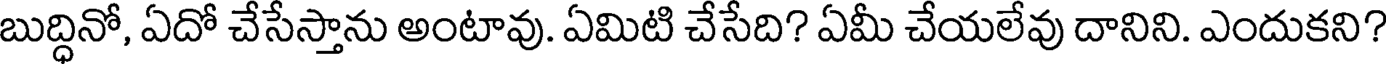
బుద్ధినో, ఏదో చేసేస్తాను అంటావు. ఏమిటి చేసేది? ఏమీ చేయలేవు దానిని. ఎందుకని?